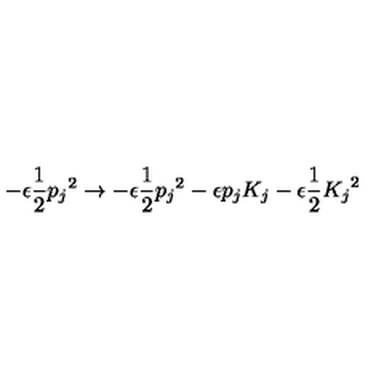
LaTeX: - \epsilon \frac { 1 } { 2 } { p _ { j } } ^ { 2 } \rightarrow - \epsilon \frac { 1 } { 2 } { p _ { j } } ^ { 2 } - \epsilon p _ { j } K _ { j } - \epsilon \frac { 1 } { 2 } { K _ { j } } ^ { 2 }